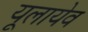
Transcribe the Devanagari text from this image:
यूलायेव